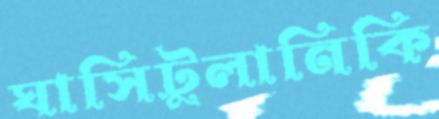
ঘাসিটুলানিকি